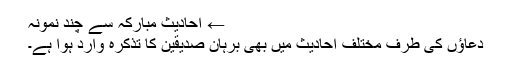
← احادیث مبارکہ سے چند نمونہ
دعاؤں کی طرف مختلف احادیث میں بھی برہان صدیقین کا تذکرہ وارد ہوا ہے۔